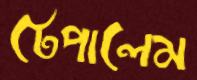
টেপালেম